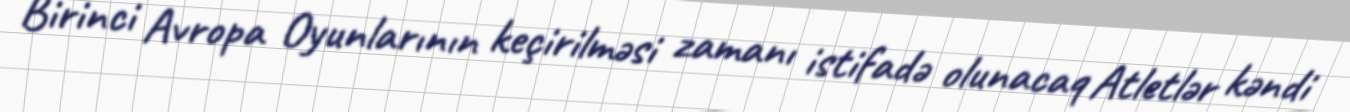
Birinci Avropa Oyunlarının keçirilməsi zamanı istifadə olunacaq Atletlər kəndi